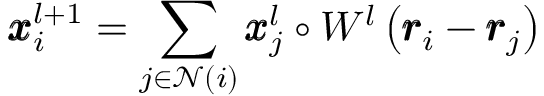
\pmb { x } _ { i } ^ { l + 1 } = \sum _ { j \in \mathcal { N } ( i ) } \pmb { x } _ { j } ^ { l } \circ W ^ { l } \left( \pmb { r } _ { i } - \pmb { r } _ { j } \right)